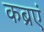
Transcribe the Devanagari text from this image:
कब्रएं